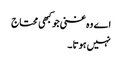
اے وہ غنی جو کبھی محتاج
نہیں ہوتا ۔